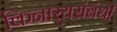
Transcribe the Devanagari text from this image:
किनार्‍यसंबंधी